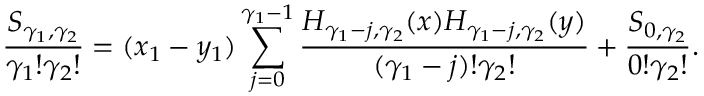
\frac { S _ { \gamma _ { 1 } , \gamma _ { 2 } } } { \gamma _ { 1 } ! \gamma _ { 2 } ! } = ( x _ { 1 } - y _ { 1 } ) \sum _ { j = 0 } ^ { \gamma _ { 1 } - 1 } \frac { H _ { \gamma _ { 1 } - j , \gamma _ { 2 } } ( x ) H _ { \gamma _ { 1 } - j , \gamma _ { 2 } } ( y ) } { ( \gamma _ { 1 } - j ) ! \gamma _ { 2 } ! } + \frac { S _ { 0 , \gamma _ { 2 } } } { 0 ! \gamma _ { 2 } ! } .